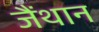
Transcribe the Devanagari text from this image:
जैंथान